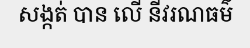
សង្កត់ បាន លើ នីវរណធម៌